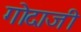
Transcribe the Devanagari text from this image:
गोदाजी